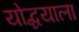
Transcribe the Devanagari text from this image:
योद्धयाला